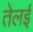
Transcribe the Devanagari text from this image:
तेलई